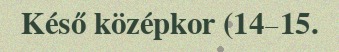
Késő középkor (14–15.